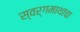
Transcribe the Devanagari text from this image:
स्वर्गमाथाचा